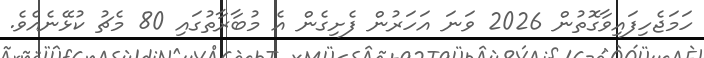
ހަމަޖެހިފައިވާގޮތުން 2026 ވަނަ އަހަރުން ފެށިގެން އެ މުބާރާތުގައި 80 މެޗު ކުޅޭނެއެވެ.